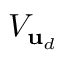
V _ { \mathbf { u } _ { d } }